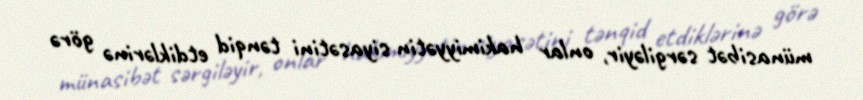
münasibət sərgiləyir, onlar hakimiyyətin siyasətini tənqid etdiklərinə görə